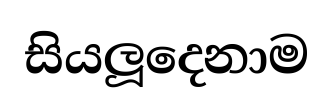
සියලූදෙනාම